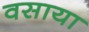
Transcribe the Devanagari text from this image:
वसाया